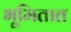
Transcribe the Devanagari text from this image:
भूमितात